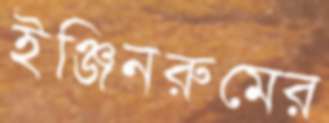
ইঞ্জিনরুমের